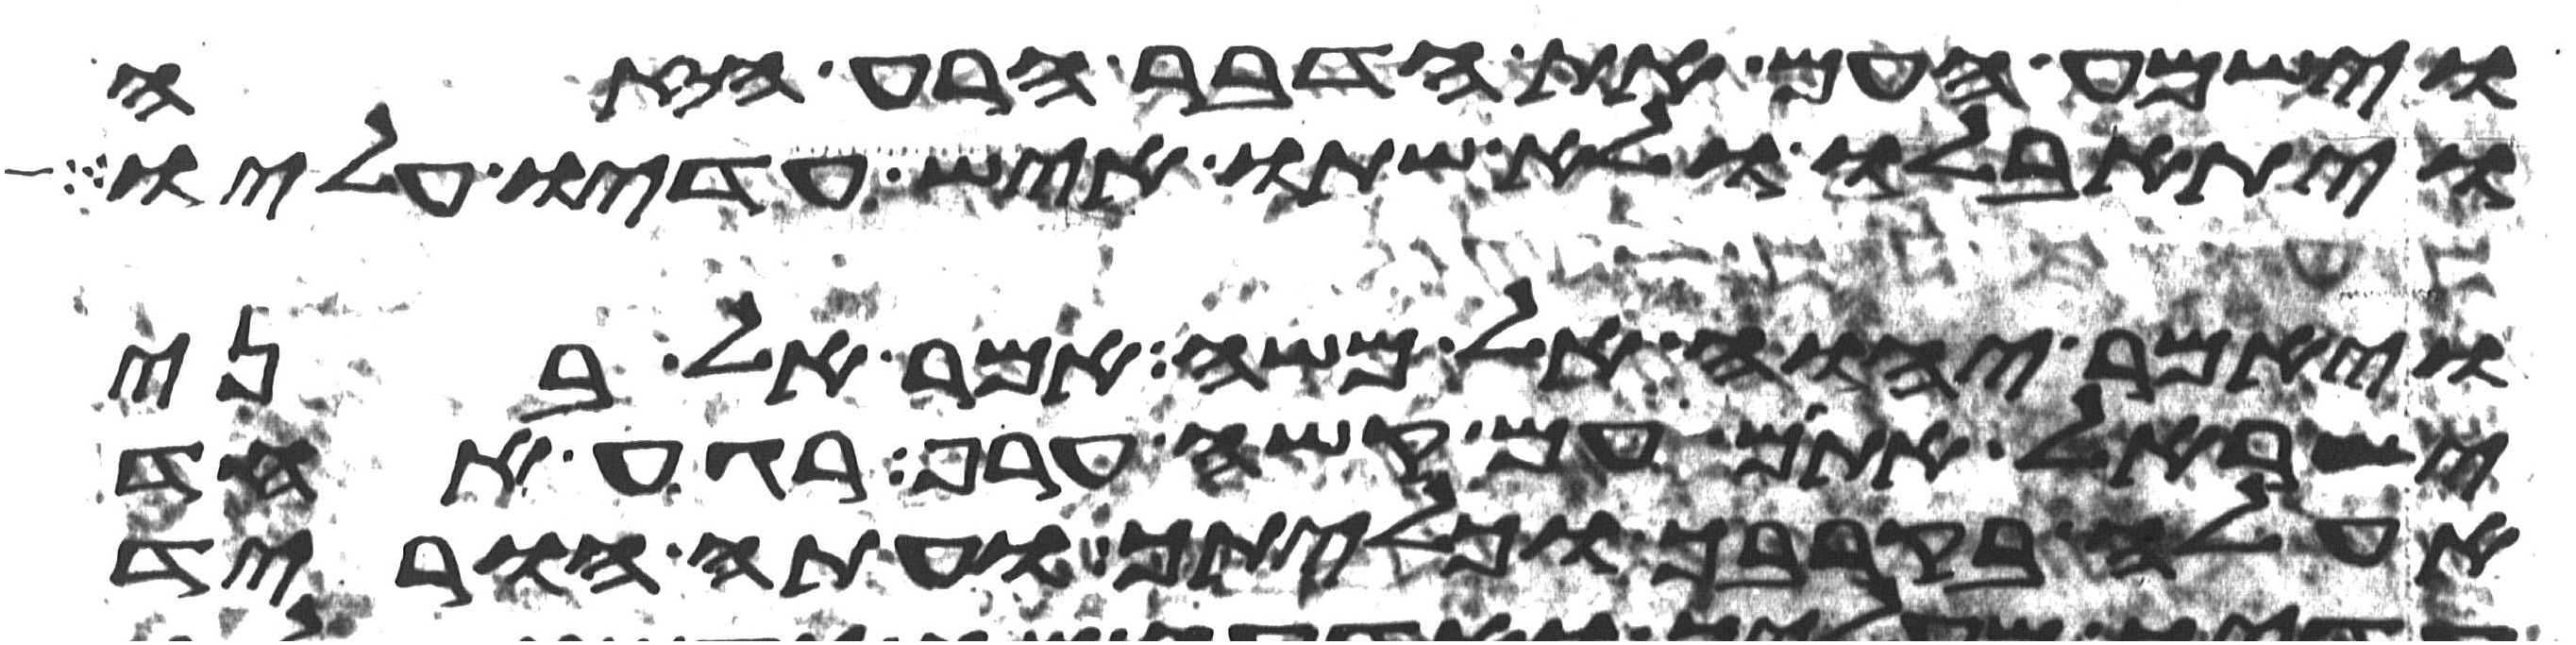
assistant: וישמע העם את הדבר הרע הזה
ויתאבלו ולא שתו איש עדיו עליו
ויאמר יהוה אל משה אמר אל בני
ישראל אתם עם קשה ערף רגע אחד
אעלה בקרבך וכליתיך ועתה הוריד